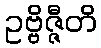
ဥဗ္ဗိဇ္ဇီတိ